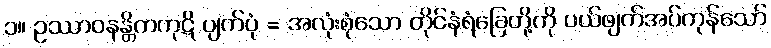
၁။ ဥဿာဝနန္တိကကုဋိ ပျက်ပုံ = အလုံးစုံသော တိုင်နံရံခြေတို့ကို ပယ်ဖျက်အပ်ကုန်သော်